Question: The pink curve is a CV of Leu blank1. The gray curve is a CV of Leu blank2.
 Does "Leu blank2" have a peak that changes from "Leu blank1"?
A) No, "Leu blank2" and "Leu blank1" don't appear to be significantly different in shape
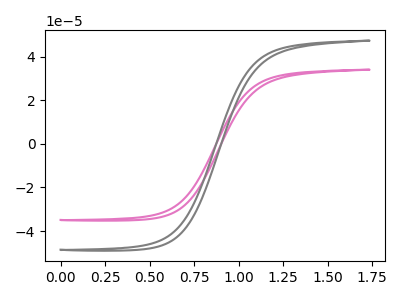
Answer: <think>The pink curve "Leu blank1" has no peaks. The gray curve "Leu blank2" has no peaks.
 Neither "Leu blank2" or "Leu blank1" have any peaks.</think>
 <answer>A) No, "Leu blank2" and "Leu blank1" don't appear to be significantly different in shape</answer>
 <eval>A</eval>